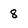
Character: 8